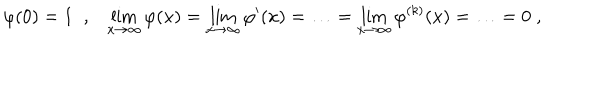
\varphi ( 0 ) = 1 \; \; , \lim _ { x \to \infty } \varphi ( x ) = \lim _ { x \to \infty } \varphi ^ { \prime } ( x ) = \ldots = \lim _ { x \to \infty } \varphi ^ { ( k ) } ( x ) = \ldots = 0 \; ,